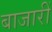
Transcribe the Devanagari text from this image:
बाजारीं